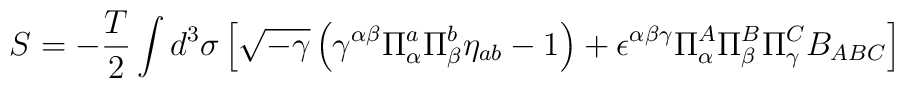
S = - \frac{T}{2}  \int d^3 \sigma \left[\sqrt{-\gamma} \left(\gamma^{\alpha \beta} \Pi_\alpha^a \Pi_\beta^b \eta_{ab}-1\right)+  \epsilon^{\alpha \beta \gamma} \Pi_\alpha^A \Pi_\beta^B \Pi_\gamma^C B_{ABC}\right]